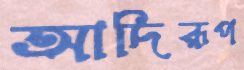
আদিরূপ